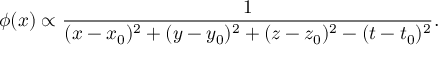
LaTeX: \phi ( x ) \propto { \frac { 1 } { ( x - x _ { 0 } ) ^ { 2 } + ( y - y _ { 0 } ) ^ { 2 } + ( z - z _ { 0 } ) ^ { 2 } - ( t - t _ { 0 } ) ^ { 2 } } } .